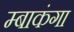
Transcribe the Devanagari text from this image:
म्बाकंगा